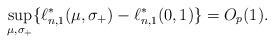
LaTeX: \begin{align*}\sup_{\mu, \sigma_+} \{\ell_{n,1}^*(\mu, \sigma_+) - \ell_{n,1}^*(0,1)\}= O_p(1).\end{align*}